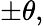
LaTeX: \pm\theta,